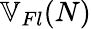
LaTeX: \mathbb{V}_{Fl}(N)